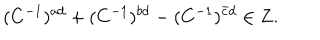
LaTeX: ( C ^ { - 1 } ) ^ { a d } + ( C ^ { - 1 } ) ^ { b d } - ( C ^ { - 1 } ) ^ { \bar { c } d } \in { \bf Z } .